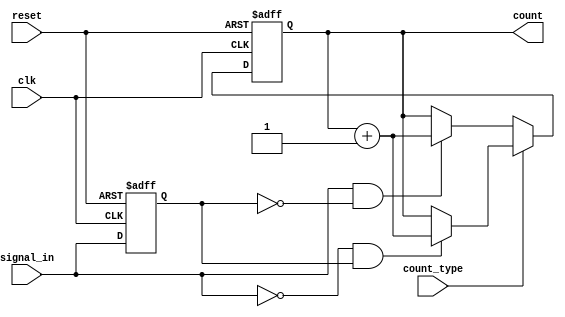
module edge_counter (
    input wire clk,            // Clock signal
    input wire reset,          // Active-high reset signal
    input wire signal_in,      // Input signal to monitor
    input wire count_type,     // Control signal for edge counting (0 for rising, 1 for falling)
    output reg [31:0] count    // 32-bit output count of detected edges
);

    reg signal_in_prev;        // Register to hold the previous state of signal_in

    // Edge detection and counting logic
    always @(posedge clk or posedge reset) begin
        if (reset) begin
            count <= 32'b0;     // Reset count to zero
            signal_in_prev <= 1'b0; // Initialize previous state
        end else begin
            // Detect edges based on count_type
            if (count_type == 1'b0) begin // Count rising edges
                if (signal_in && !signal_in_prev) begin
                    count <= count + 1; // Increment count on rising edge
                end
            end else begin // Count falling edges
                if (!signal_in && signal_in_prev) begin
                    count <= count + 1; // Increment count on falling edge
                end
            end
            // Update previous state
            signal_in_prev <= signal_in;
        end
    end

endmodule